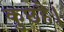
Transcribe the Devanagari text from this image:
कुछहै।